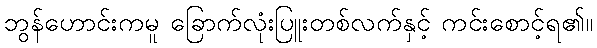
ဘွန်ဟောင်းကမူ ခြောက်လုံးပြူးတစ်လက်နှင့် ကင်းစောင့်ရ၏။